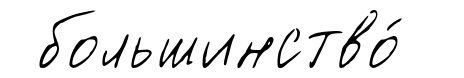
большинство́